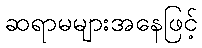
ဆရာမများအနေဖြင့်